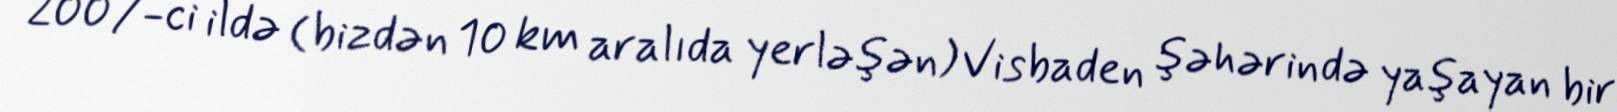
2007-ci ildə (bizdən 10 km aralıda yerləşən) Visbaden şəhərində yaşayan bir